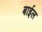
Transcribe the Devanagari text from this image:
बाईल